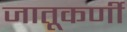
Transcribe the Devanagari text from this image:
जातूकर्णी